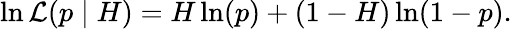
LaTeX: \ln{\mathcal{L}}(p\mid H)=H\ln(p)+(1-H)\ln(1-p).